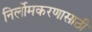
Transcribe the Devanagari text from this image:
निर्लोमकरणासाठी